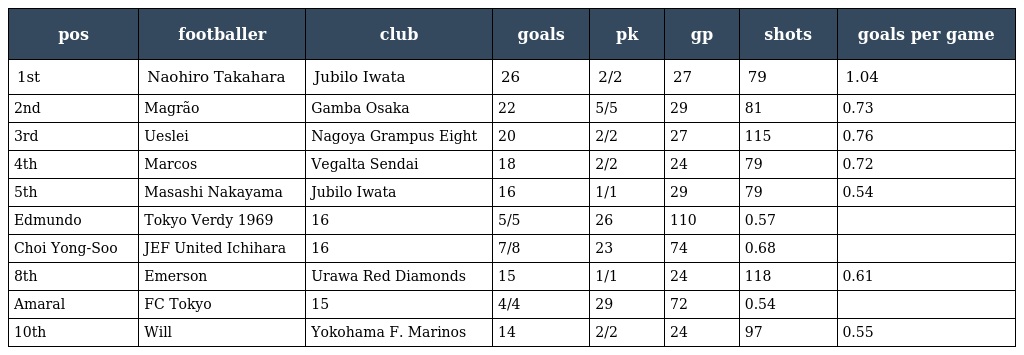
| pos | footballer | club | goals | pk | gp | shots | goals per game |
 | --- | --- | --- | --- | --- | --- | --- | --- |
 | 1st | Naohiro Takahara | Jubilo Iwata | 26 | 2/2 | 27 | 79 | 1.04 |
 | 2nd | Magrão | Gamba Osaka | 22 | 5/5 | 29 | 81 | 0.73 |
 | 3rd | Ueslei | Nagoya Grampus Eight | 20 | 2/2 | 27 | 115 | 0.76 |
 | 4th | Marcos | Vegalta Sendai | 18 | 2/2 | 24 | 79 | 0.72 |
 | 5th | Masashi Nakayama | Jubilo Iwata | 16 | 1/1 | 29 | 79 | 0.54 |
 | Edmundo | Tokyo Verdy 1969 | 16 | 5/5 | 26 | 110 | 0.57 |  |
 | Choi Yong-Soo | JEF United Ichihara | 16 | 7/8 | 23 | 74 | 0.68 |  |
 | 8th | Emerson | Urawa Red Diamonds | 15 | 1/1 | 24 | 118 | 0.61 |
 | Amaral | FC Tokyo | 15 | 4/4 | 29 | 72 | 0.54 |  |
 | 10th | Will | Yokohama F. Marinos | 14 | 2/2 | 24 | 97 | 0.55 |